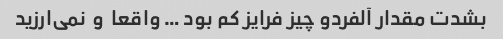
بشدت مقدار آلفردو چیز فرایز کم بود … واقعا  و  نمی‌ارزید